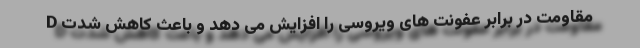
D مقاومت در برابر عفونت های ویروسی را افزایش می دهد و باعث کاهش شدت